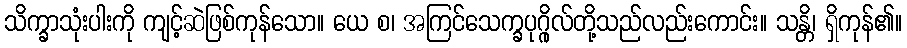
သိက္ခာသုံးပါးကို ကျင့်ဆဲဖြစ်ကုန်သော။ ယေ စ၊ အကြင်သေက္ခပုဂ္ဂိုလ်တို့သည်လည်းကောင်း။ သန္တိ၊ ရှိကုန်၏။